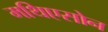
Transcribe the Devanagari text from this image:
मथिएसोन